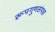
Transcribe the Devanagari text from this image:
रूपगुणसंपन्ना